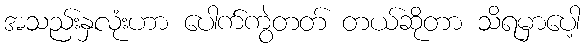
အသည်းနှလုံးဟာ ပေါက်ကွဲတတ် တယ်ဆိုတာ သိရမှာပေါ့